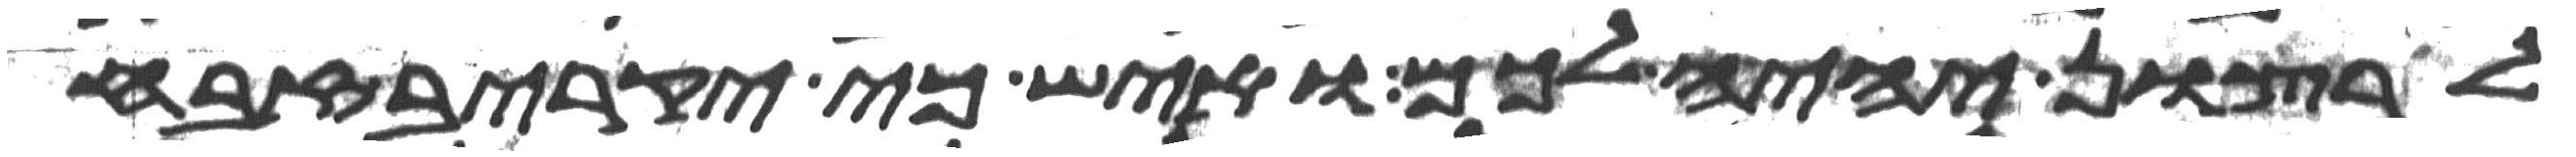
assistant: לרצון יהיה לכם ואיש כי יקריב זבח